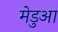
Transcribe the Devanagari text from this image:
मेडुआ